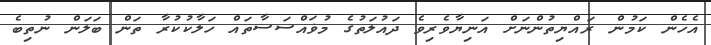
އެހެން ކަމުން ރައްޔިތުންނަށް އަނިޔާވެރިވެ ދައުލަތުގެ މުޥައްސަސާތައް ހަލާކުކުރާ ތަން ބަލަން ނުތިބެ